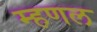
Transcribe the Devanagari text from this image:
म्‍हणल